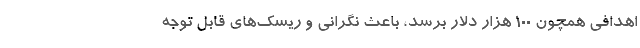
اهدافی همچون ۱۰۰ هزار دلار برسد، باعث نگرانی و ریسک‌های قابل توجه